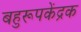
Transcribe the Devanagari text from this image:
बहुरूपकेंद्रक